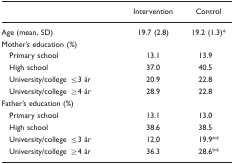
<table><thead><tr><td></td><td><b>Intervention</b></td><td><b>Control</b></td></tr></thead><tbody><tr><td>Age (mean, SD)</td><td>19.7 (2.8)</td><td>19.2 (1.3)*</td></tr><tr><td colspan="3">Mother&#x27;s education (%)</td></tr><tr><td> Primary school</td><td>13.1</td><td>13.9</td></tr><tr><td> High school</td><td>37.0</td><td>40.5</td></tr><tr><td> University/college ≤3 år</td><td>20.9</td><td>22.8</td></tr><tr><td> University/college ≥4 år</td><td>28.9</td><td>22.8</td></tr><tr><td colspan="3">Father&#x27;s education (%)</td></tr><tr><td> Primary school</td><td>13.1</td><td>13.0</td></tr><tr><td> High school</td><td>38.6</td><td>38.5</td></tr><tr><td> University/college ≤3 år</td><td>12.0</td><td>19.9**</td></tr><tr><td> University/college ≥4 år</td><td>36.3</td><td>28.6**</td></tr></tbody></table>